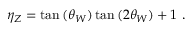
\eta _ { Z } = \tan { ( \theta _ { W } ) } \tan { ( 2 \theta _ { W } ) } + 1 \ .